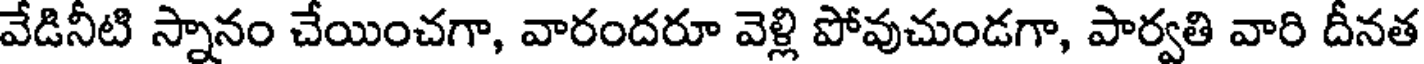
వేడినీటి స్నానం చేయించగా, వారందరూ వెళ్లి పోవుచుండగా, పార్వతి వారి దీనత